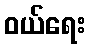
ဝယ်ရေး